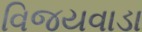
વિજયવાડા